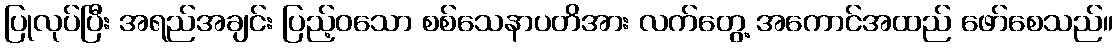
ပြုလုပ်ပြီး အရည်အချင်း ပြည့်ဝသော စစ်သေနာပတိအား လက်တွေ့ အကောင်အထည် ဖော်စေသည်။